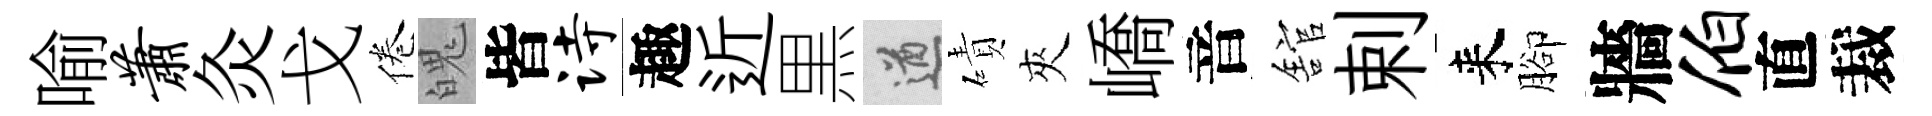
喻萧灸戈倦魄皆诗趣近黒遒磧夾嶠音舘剌来腳牆伯直裁